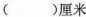
()厘米